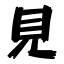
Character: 見